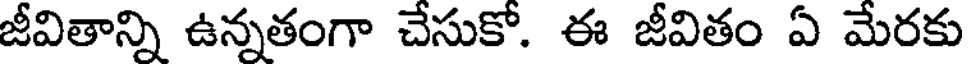
జీవితాన్ని ఉన్నతంగా చేసుకో. ఈ జీవితం ఏ మేరకు